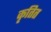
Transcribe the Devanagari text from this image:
कृतित